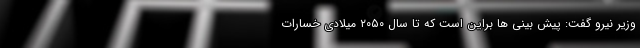
وزیر نیرو گفت: پیش بینی ها براین است که تا سال ۲۰۵۰ میلادی خسارات